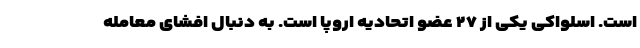
است. اسلواکی یکی از ۲۷ عضو اتحادیه اروپا است. به دنبال افشای معامله